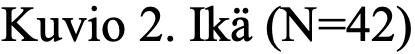
Kuvio 2. Ikä (N=42)